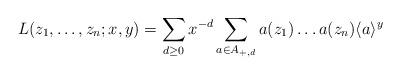
LaTeX: \begin{align*}L(z_1,\dots,z_n;x,y)=\sum_{d\geq 0}x^{-d}\sum\limits_{a\in A_{+,d}} a(z_1)\dots a(z_n)\langle a \rangle^y\end{align*}